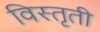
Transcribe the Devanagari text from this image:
विस्तृती